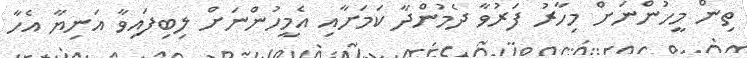
ތިން މީހުންނަށް މިހާރު ފަރުވާ ދެމުންދާ ކަމަށާއި އެމީހުންނަަށް ލިބިފައިވާ އަނިޔާ އެހާ